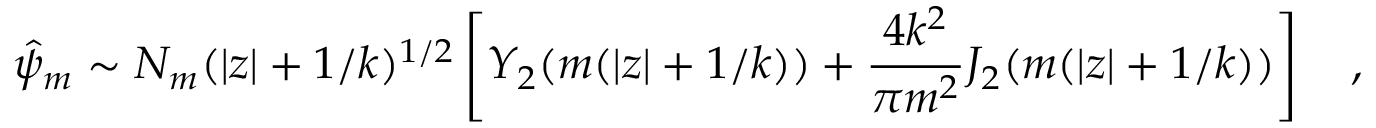
\hat { \psi } _ { m } \sim N _ { m } ( | z | + 1 / k ) ^ { 1 / 2 } \left[ Y _ { 2 } ( m ( | z | + 1 / k ) ) + { \frac { 4 k ^ { 2 } } { \pi m ^ { 2 } } } J _ { 2 } ( m ( | z | + 1 / k ) ) \right] \quad ,